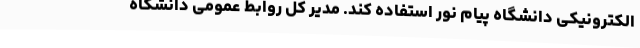
الکترونیکی دانشگاه پیام نور استفاده کند. مدیر کل روابط عمومی دانشگاه